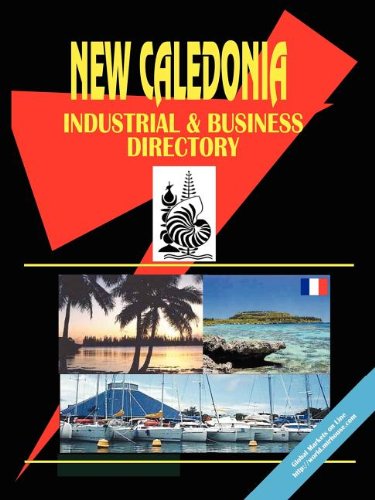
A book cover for New Caledonia Industrial And Business Directory (World Business, Investment and Government Library); Ibp Usa; Travel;